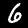
Label: 6